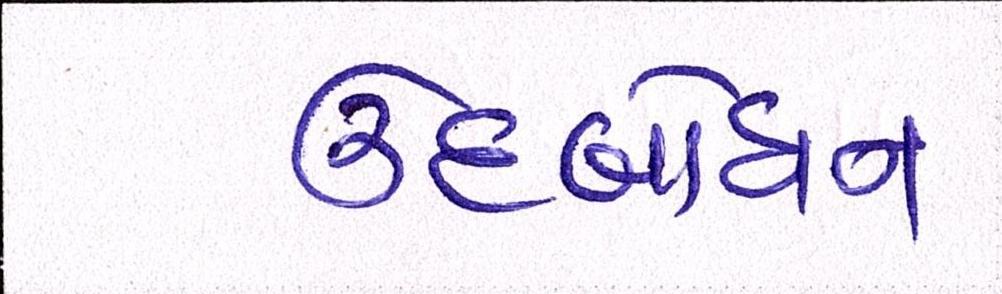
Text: ઉદબોધન